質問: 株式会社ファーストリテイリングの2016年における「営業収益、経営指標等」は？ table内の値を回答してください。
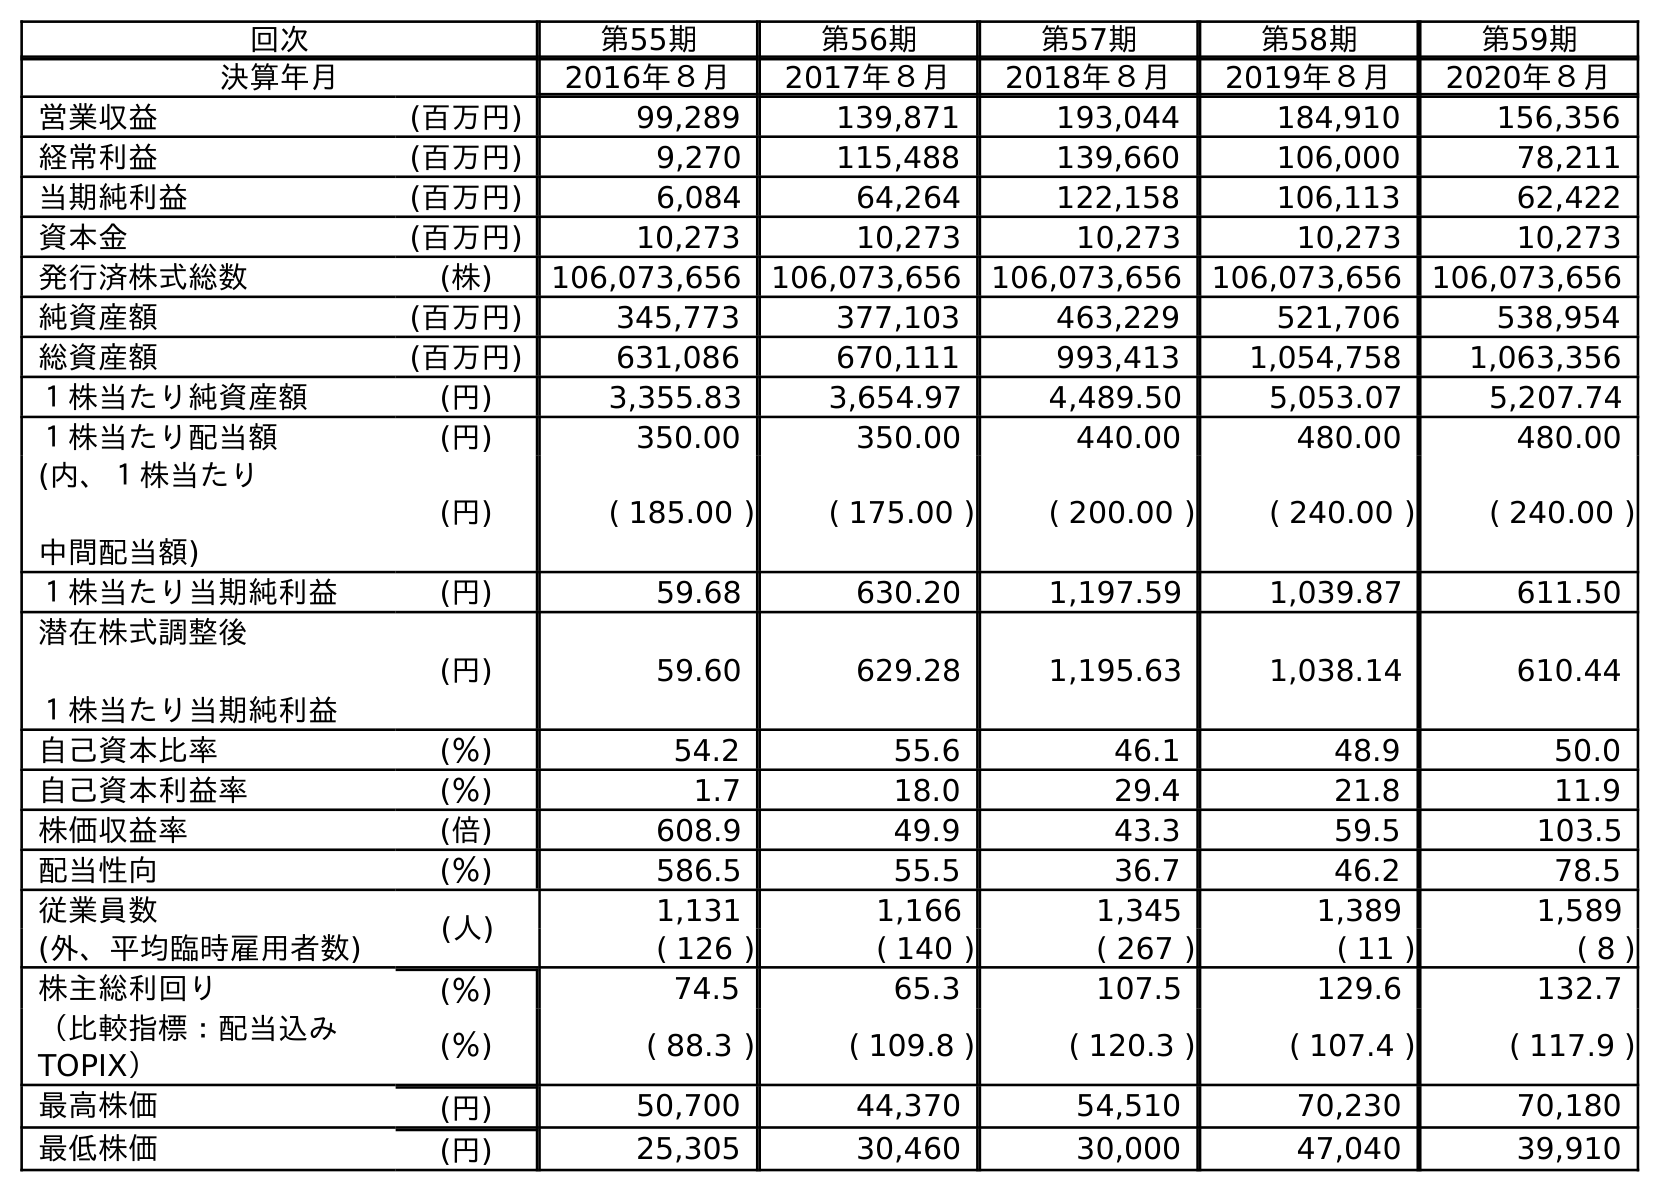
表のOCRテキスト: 回次 第55期 第56期 第57期 第58期 第59期 決算年月 2016年８月 2017年８月 2018年８月 2019年８月 2020年８月 営業収益 (百万円) 99,289 139,871 193,044 184,910 156,356 経常利益 (百万円) 9,270 115,488 139,660 106,000 78,211 当期純利益 (百万円) 6,084 64,264 122,158 106,113 62,422 資本金 (百万円) 10,273 10,273 10,273 10,273 10,273 発行済株式総数 (株) 106,073,656 106,073,656 106,073,656 106,073,656 106,073,656 純資産額 (百万円) 345,773 377,103 463,229 521,706 538,954 総資産額 (百万円) 631,086 670,111 993,413 1,054,758 1,063,356 １株当たり純資産額 (円) 3,355.83 3,654.97 4,489.50 5,053.07 5,207.74 １株当たり配当額 (円) 350.00 350.00 440.00 480.00 480.00 (内、１株当たり 中間配当額) (円) ( 185.00 ) ( 175.00 ) ( 200.00 ) ( 240.00 ) ( 240.00 ) １株当たり当期純利益 (円) 59.68 630.20 1,197.59 1,039.87 611.50 潜在株式調整後 １株当たり当期純利益 (円) 59.60 629.28 1,195.63 1,038.14 610.44 自己資本比率 (％) 54.2 55.6 46.1 48.9 50.0 自己資本利益率 (％) 1.7 18.0 29.4 21.8 11.9 株価収益率 (倍) 608.9 49.9 43.3 59.5 103.5 配当性向 (％) 586.5 55.5 36.7 46.2 78.5 従業員数 (人) 1,131 1,166 1,345 1,389 1,589 (外、平均臨時雇用者数) ( 126 ) ( 140 ) ( 267 ) ( 11 ) ( 8 ) 株主総利回り (％) 74.5 65.3 107.5 129.6 132.7 （比較指標：配当込み TOPIX） (％) ( 88.3 ) ( 109.8 ) ( 120.3 ) ( 107.4 ) ( 117.9 ) 最高株価 (円) 50,700 44,370 54,510 70,230 70,180 最低株価 (円) 25,305 30,460 30,000 47,040 39,910
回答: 99,289